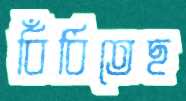
বিঁধিতেছ